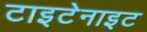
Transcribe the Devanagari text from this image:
टाइटेनाइट